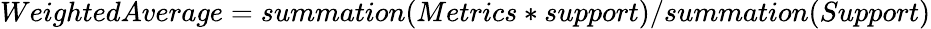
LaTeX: WeightedAverage=summation(Metrics*support)/summation(Support)